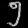
Digit: ၅